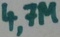
Text: 4,7M